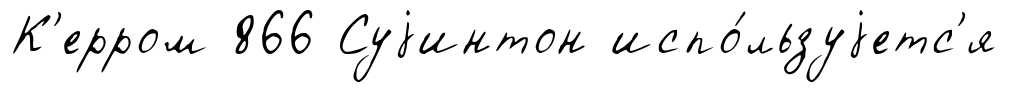
К'ерром 866 Суjинтон испо́льзуjетс'я